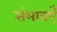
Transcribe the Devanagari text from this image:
संभावएँ